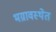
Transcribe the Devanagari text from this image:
भग्रावस्थेत